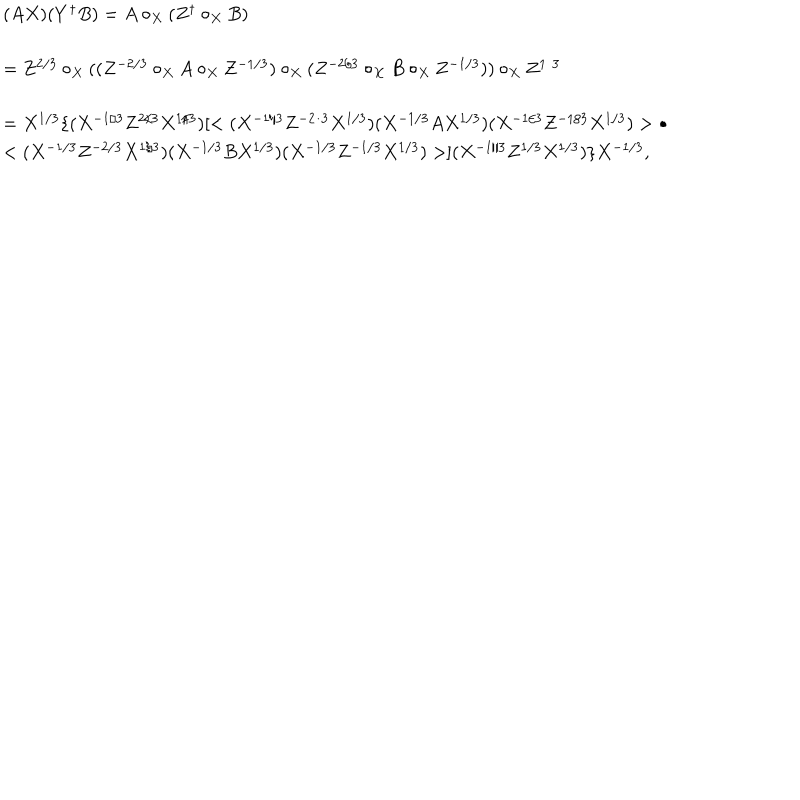
\begin{array} { l } { { ( A X ) ( Y ^ { \dagger } B ) = A \circ _ { X } ( Z ^ { \dagger } \circ _ { X } B ) } } \\ { { = Z ^ { 2 / 3 } \circ _ { X } ( ( Z ^ { - 2 / 3 } \circ _ { X } A \circ _ { X } Z ^ { - 1 / 3 } ) \circ _ { X } ( Z ^ { - 2 / 3 } \circ _ { X } B \circ _ { X } Z ^ { - 1 / 3 } ) ) \circ _ { X } Z ^ { 1 / 3 } } } \\ { { = X ^ { 1 / 3 } \{ ( X ^ { - 1 / 3 } Z ^ { 2 / 3 } X ^ { 1 / 3 } ) [ < ( X ^ { - 1 / 3 } Z ^ { - 2 / 3 } X ^ { 1 / 3 } ) ( X ^ { - 1 / 3 } A X ^ { 1 / 3 } ) ( X ^ { - 1 / 3 } Z ^ { - 1 / 3 } X ^ { 1 / 3 } ) > \bullet } } \\ { { < ( X ^ { - 1 / 3 } Z ^ { - 2 / 3 } X ^ { 1 / 3 } ) ( X ^ { - 1 / 3 } B X ^ { 1 / 3 } ) ( X ^ { - 1 / 3 } Z ^ { - 1 / 3 } X ^ { 1 / 3 } ) > ] ( X ^ { - 1 / 3 } Z ^ { 1 / 3 } X ^ { 1 / 3 } ) \} X ^ { - 1 / 3 } , } } \\ \end{array}